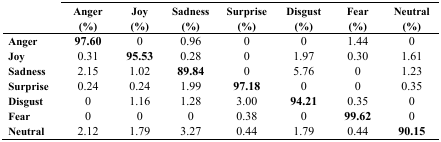
<table><thead><tr><td></td><td><b>Anger (%)</b></td><td><b>Joy (%)</b></td><td><b>Sadness (%)</b></td><td><b>Surprise (%)</b></td><td><b>Disgust (%)</b></td><td><b>Fear (%)</b></td><td><b>Neutral (%)</b></td></tr></thead><tbody><tr><td><b>Anger</b></td><td><b>97.60</b></td><td>0</td><td>0.96</td><td>0</td><td>0</td><td>1.44</td><td>0</td></tr><tr><td><b>Joy</b></td><td>0.31</td><td><b>95.53</b></td><td>0.28</td><td>0</td><td>1.97</td><td>0.30</td><td>1.61</td></tr><tr><td><b>Sadness</b></td><td>2.15</td><td>1.02</td><td><b>89.84</b></td><td>0</td><td>5.76</td><td>0</td><td>1.23</td></tr><tr><td><b>Surprise</b></td><td>0.24</td><td>0.24</td><td>1.99</td><td><b>97.18</b></td><td>0</td><td>0</td><td>0.35</td></tr><tr><td><b>Disgust</b></td><td>0</td><td>1.16</td><td>1.28</td><td>3.00</td><td><b>94.21</b></td><td>0.35</td><td>0</td></tr><tr><td><b>Fear</b></td><td>0</td><td>0</td><td>0</td><td>0.38</td><td>0</td><td><b>99.62</b></td><td>0</td></tr><tr><td><b>Neutral</b></td><td>2.12</td><td>1.79</td><td>3.27</td><td>0.44</td><td>1.79</td><td>0.44</td><td><b>90.15</b></td></tr></tbody></table>